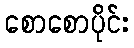
စောစောပိုင်း